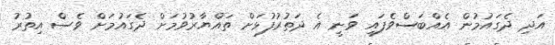
އަދި ދެގައުމުން އެއްބަސްވެފައި ވަނީ އެ ދަތުރުފުޅަށް ތައްޔާރުވުމަށް ދެގައުމަށް ވެސް އިތުރު